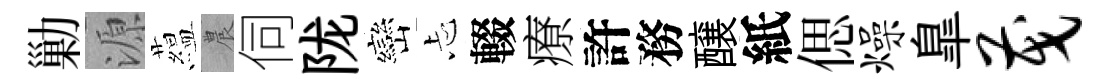
勦源藴農伺陇巒忐輟療許務醸紙偲燥臯茂